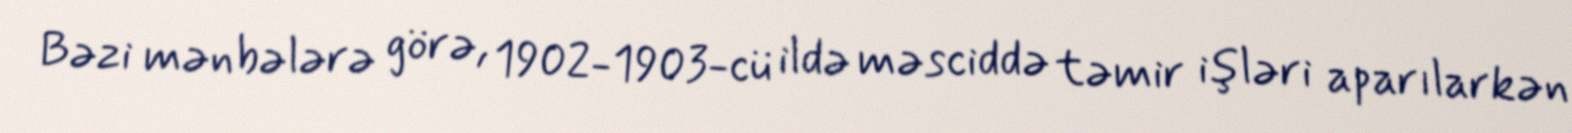
Bəzi mənbələrə görə, 1902-1903-cü ildə məsciddə təmir işləri aparılarkən